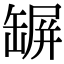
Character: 𦉇